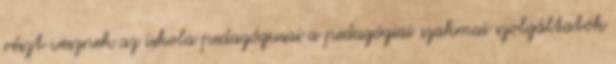
részt vesznek az iskola pedagógusai a pedagógiai szakmai szolgáltatók